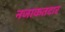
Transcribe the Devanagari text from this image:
नजाकतदार